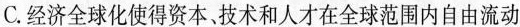
C.经济全球化使得资本、技术和人才在全球范围内自由流动